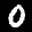
Label: 0